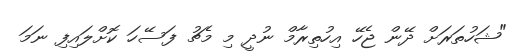
"ޝަހުތަރަށް ދޭން ޖެހޭ އިހުތިރާމް ނުދީ މި މެޗު ފަސޭހަ ކޮށްލައިފި ނަމަ